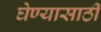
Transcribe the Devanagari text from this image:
घेण्‍यासाठी